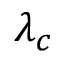
\lambda _ { c }